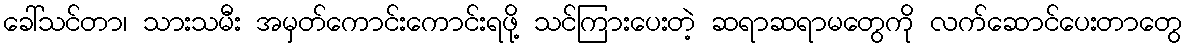
ခေါ်သင်တာ၊ သားသမီး အမှတ်ကောင်းကောင်းရဖို့ သင်ကြားပေးတဲ့ ဆရာဆရာမတွေကို လက်ဆောင်ပေးတာတွေ